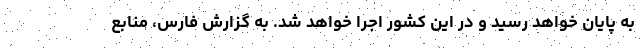
به پایان خواهد رسید و در این کشور اجرا خواهد شد. به گزارش فارس، منابع